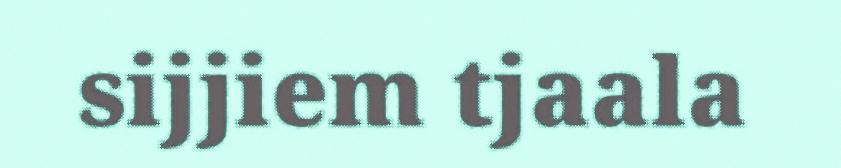
sijjiem tjaala